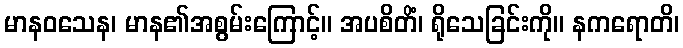
မာနဝသေန၊ မာန၏အစွမ်းကြောင့်။ အပစိတိံ၊ ရိုသေခြင်းကို။ နကရောတိ၊